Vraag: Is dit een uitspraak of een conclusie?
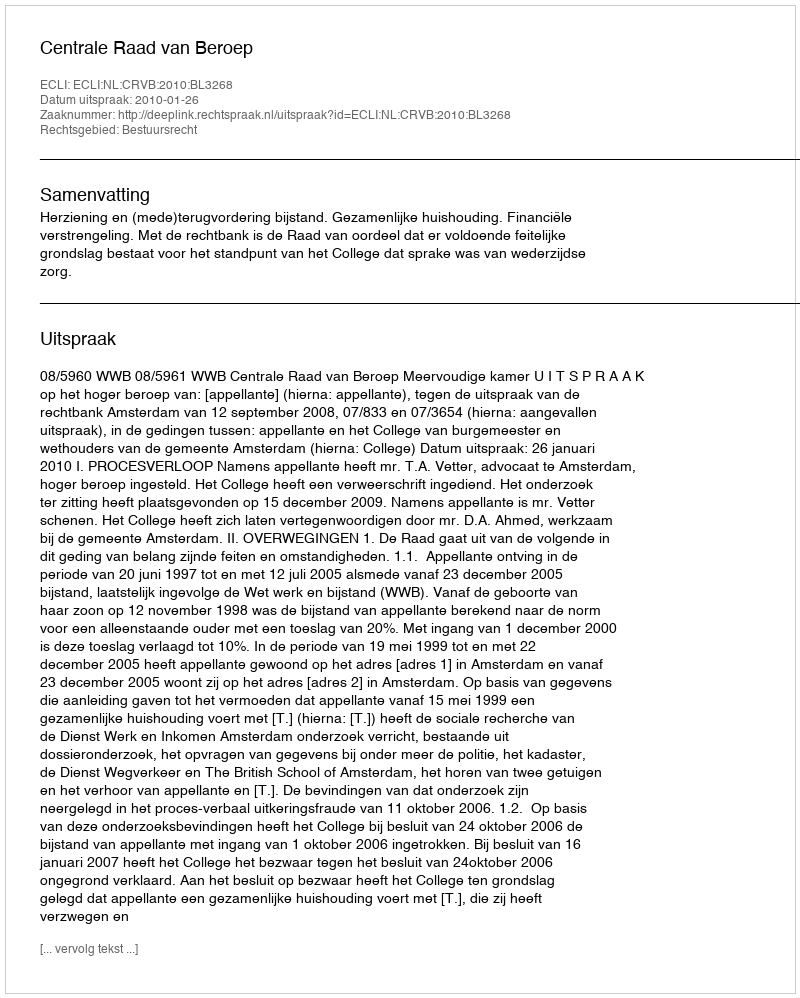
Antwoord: Uitspraak